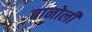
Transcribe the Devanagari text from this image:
वानोली